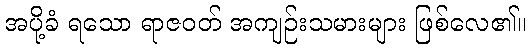
အပို့ခံ ရသော ရာဇဝတ် အကျဉ်းသမားများ ဖြစ်လေ၏။